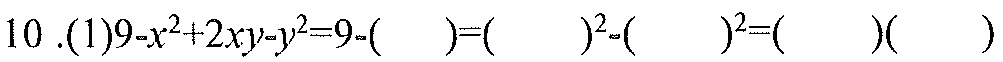
\(10\ .(1)9 - x^{2}+2xy - y^{2}=9-(\underline{\qquad})=(\underline{\qquad})^{2}-(\underline{\qquad})^{2}=(\underline{\qquad})(\underline{\qquad})\)